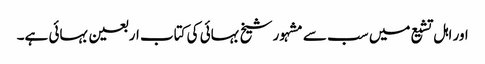
اور اہل تشیع میں سب سے مشہور شیخ بہائی کی کتاب اربعین بہائی ہے۔